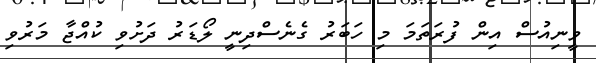
ވީނިއުސް އިން ފުރަތަމަ މި ހަބަރު ގެނެސްދިނީ ލޯޑަރު ދަށުވި ކުއްޖާ މަރުވި